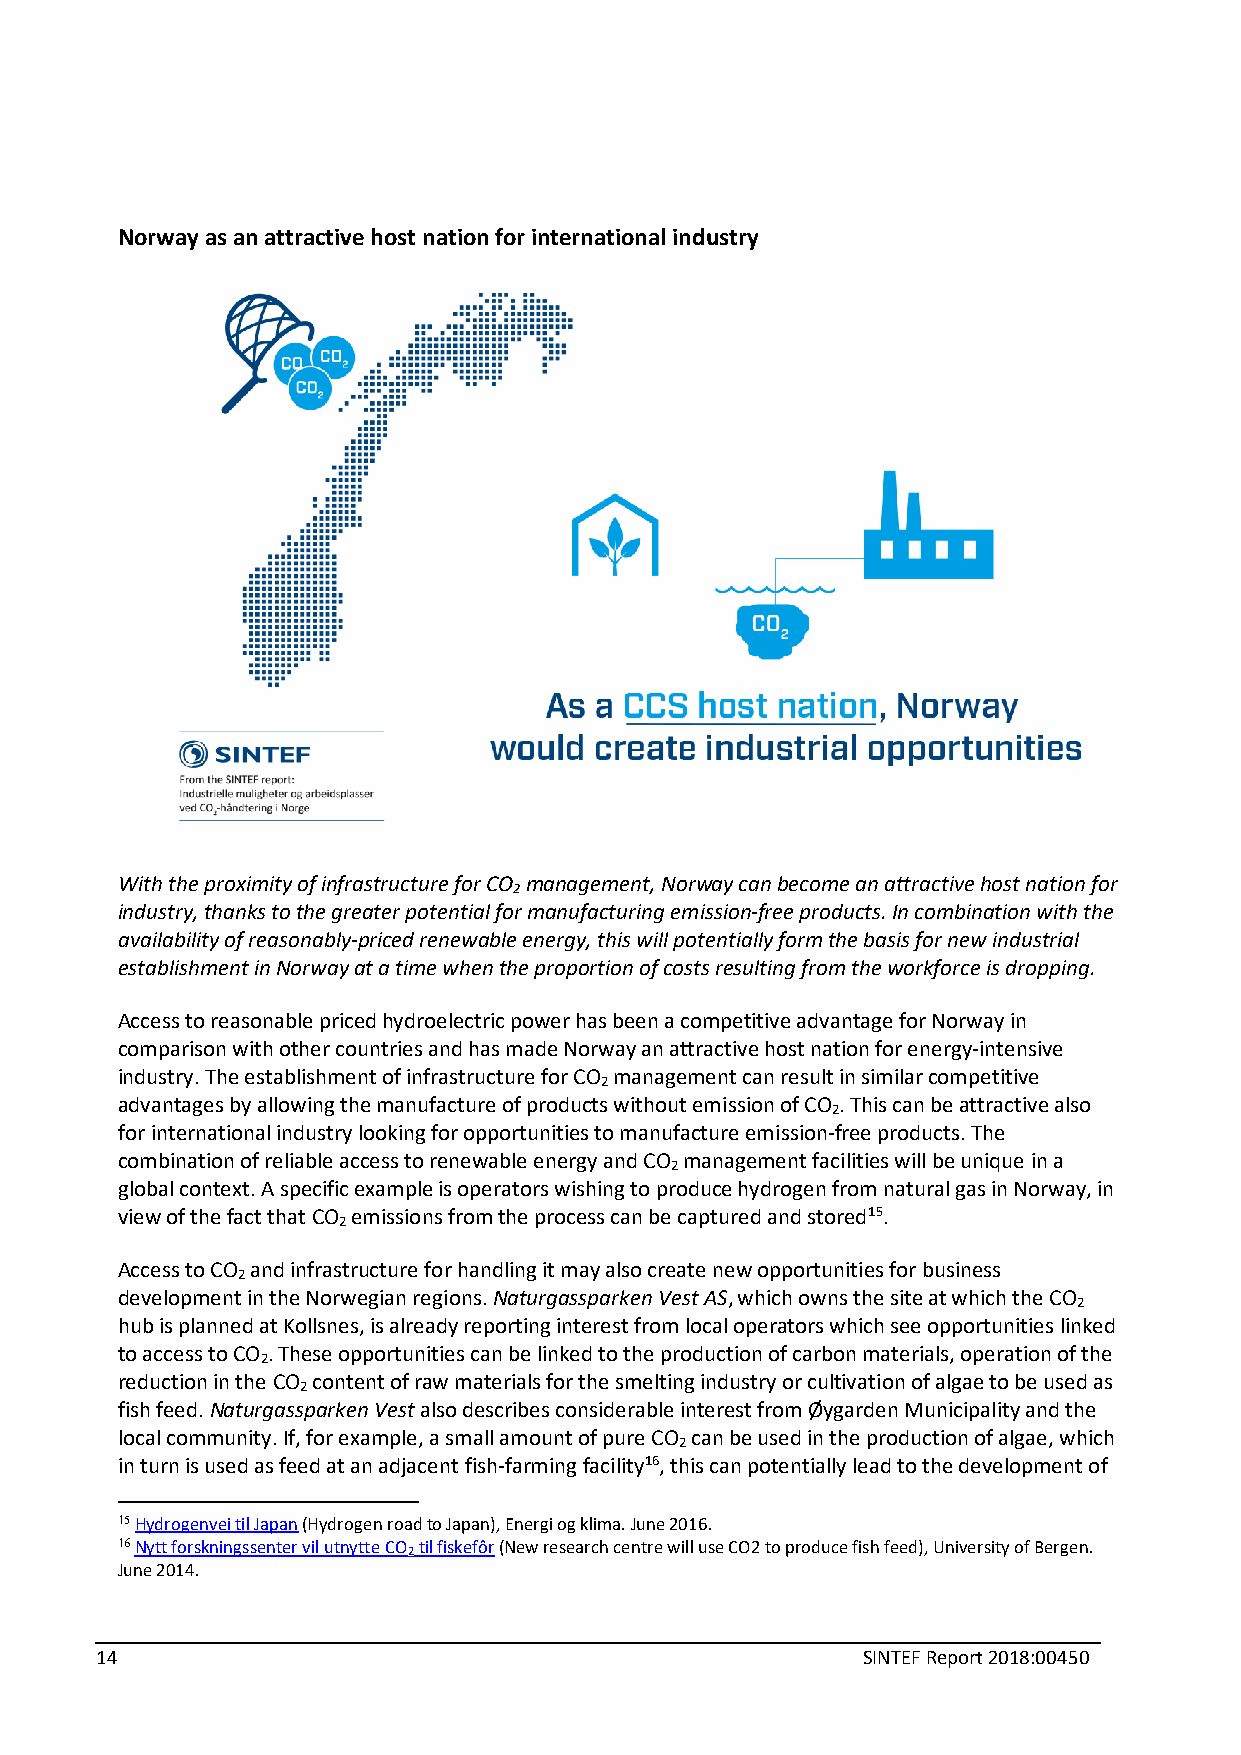
Norway as an attractive host nation for international industry
 With the proximity of infrastructure for CO management, Norway can become an attractive host nation for
 2
 industry, thanks to the greater potential for manufacturing emission-free products. In combination with the
 availability of reasonably-priced renewable energy, this will potentially form the basis for new industrial
 establishment in Norway at a time when the proportion of costs resulting from the workforce is dropping.
 Access to reasonable priced hydroelectric power has been a competitive advantage for Norway in
 comparison with other countries and has made Norway an attractive host nation for energy-intensive
 industry. The establishment of infrastructure for CO management can result in similar competitive
 2
 advantages by allowing the manufacture of products without emission of CO . This can be attractive also
 2
 for international industry looking for opportunities to manufacture emission-free products. The
 combination of reliable access to renewable energy and CO management facilities will be unique in a
 2
 global context. A specific example is operators wishing to produce hydrogen from natural gas in Norway, in
 view of the fact that CO emissions from the process can be captured and stored15.
 2
 Access to CO and infrastructure for handling it may also create new opportunities for business
 2
 development in the Norwegian regions. Naturgassparken Vest AS, which owns the site at which the CO
 2
 hub is planned at Kollsnes, is already reporting interest from local operators which see opportunities linked
 to access to CO . These opportunities can be linked to the production of carbon materials, operation of the
 2
 reduction in the CO content of raw materials for the smelting industry or cultivation of algae to be used as
 2
 fish feed. Naturgassparken Vest also describes considerable interest from Øygarden Municipality and the
 local community. If, for example, a small amount of pure CO can be used in the production of algae, which
 2
 in turn is used as feed at an adjacent fish-farming facility16, this can potentially lead to the development of
 15 Hydrogenvei til Japan (Hydrogen road to Japan), Energi og klima. June 2016.
 16 Nytt forskningssenter vil utnytte CO til fiskefôr (New research centre will use CO2 to produce fish feed), University of Bergen.
 2
 June 2014.
 14                                                 SINTEF Report 2018:00450